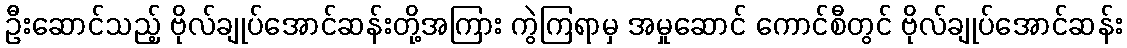
ဦးဆောင်သည့် ဗိုလ်ချုပ်အောင်ဆန်းတို့အကြား ကွဲကြရာမှ အမှုဆောင် ကောင်စီတွင် ဗိုလ်ချုပ်အောင်ဆန်း